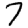
Digit: 7